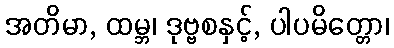
အတိမာ, ထမ္ဘ၊ ဒုဗ္ဗစနှင့်, ပါပမိတ္တော၊